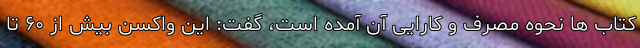
کتاب ها نحوه مصرف و کارایی آن آمده است، گفت: این واکسن بیش از ۶۰ تا